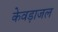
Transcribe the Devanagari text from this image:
केवड़ाजल